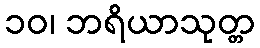
၁၀၊ ဘရိယာသုတ္တ